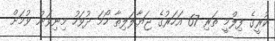
ކުރީގެ ފިލްމީ ތަރި 67 އަހަރުގެ ޖަޔާލަލިތާ ހޯމަ ދުވަހު މިނިވަން ވުމަށް